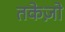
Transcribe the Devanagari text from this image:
तकेज़ो